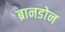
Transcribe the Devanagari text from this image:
ब्रानडोन